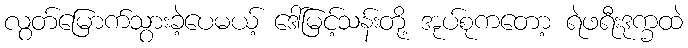
လွတ်မြောက်သွားခဲ့ပေမယ့် ဒေါ်မြင့်သန်းတို့ အုပ်စုကတော့ ရဲဖရီးဒုက္ခထဲ